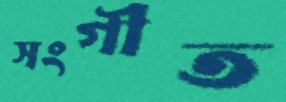
সংগীত